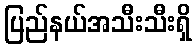
ပြည်နယ်အသီးသီးရှိ